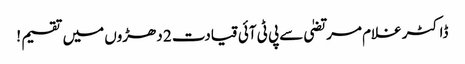
ڈاکٹر غلام مرتضیٰ سےپی ٹی آئی قیادت 2 دھڑوں میں تقسیم !